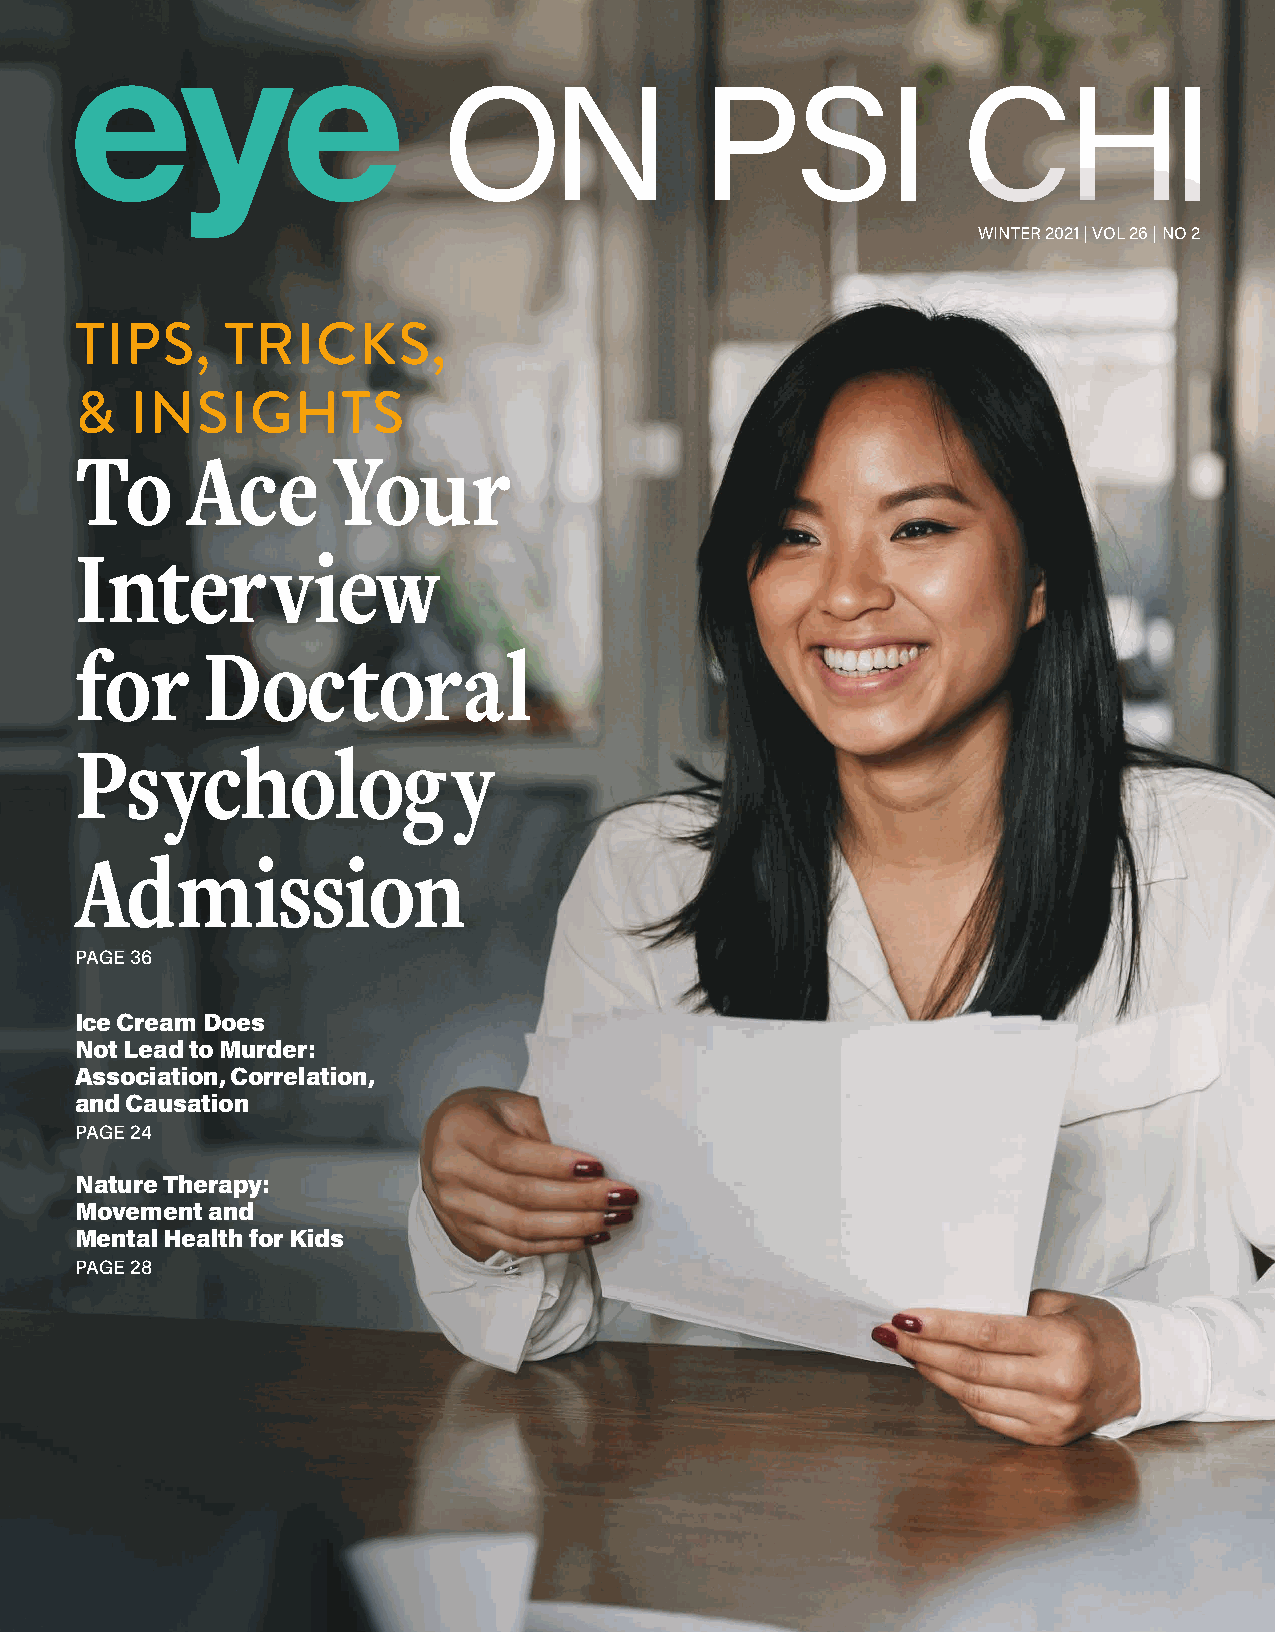
WINTER 2021 | VOL 26 | NO 2
 TIPS,     TRICKS,
 &   INSIGHTS
 To     Ace       Your
 Interview
 for     Doctoral
 Psycholog                y
 Admission
 PAGE 36
 Ice Cream Does
 Not Lead to Murder:
 Association, Correlation,
 and Causation
 PAGE 24
 Nature Therapy:
 Movement and
 Mental Health for Kids
 PAGE 28